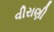
વીરાણી